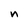
Character: n